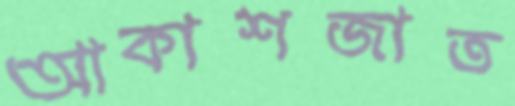
আকাশজাত